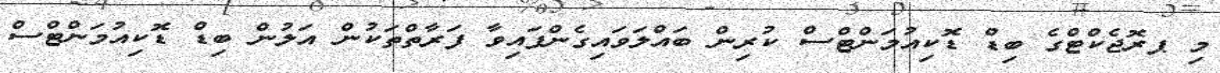
މި ޕރޮޖެކްޓްގެ ބިޑް ޑޮކިއުމަންޓްސް ކުރިން ބައްލަވައިގެންފައިވާ ފަރާތްތަކުން އަލުން ބިޑް ޑޮކިއުމަންޓްސް